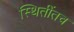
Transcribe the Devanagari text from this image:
स्थितींतच